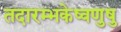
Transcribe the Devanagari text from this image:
तदारम्भकेष्वणुषु